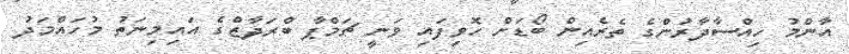
އާންމު ހިއްސާދާރުންގެ ތެރެއިން ބޯޑަށް ހޮވިފައި ވަނީ ޗަމްޕާ ބްރަދާޒްގެ އައިމިނަތު މުހައްމަދު